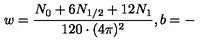
w = \frac { N _ { 0 } + 6 N _ { 1 / 2 } + 1 2 N _ { 1 } } { 1 2 0 \cdot ( 4 \pi ) ^ { 2 } } , b = - \,